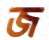
জ